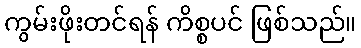
ကွမ်းဖိုးတင်ရန် ကိစ္စပင် ဖြစ်သည်။